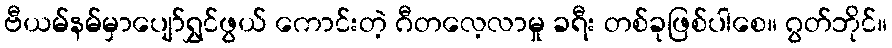
ဗီယမ်နမ်မှာပျော်ရွှင်ဖွယ် ကောင်းတဲ့ ဂီတလေ့လာမှု ခရီး တစ်ခုဖြစ်ပါစေ။ ဂွတ်ဘိုင်။